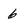
Character: 6